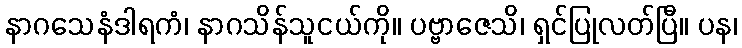
နာဂသေနံဒါရကံ၊ နာဂသိန်သူငယ်ကို။ ပဗ္ဗာဇေသိ၊ ရှင်ပြုလတ်ပြီ။ ပန၊